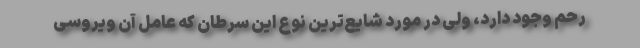
رحم وجود دارد، ولی در مورد شایع‌ترین نوع این سرطان که عامل آن ویروسی